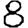
Digit: 8